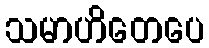
သမာဟိတေပေ